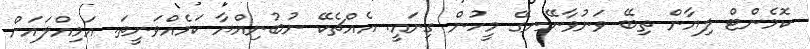
ކޮމެންޓް ލިޔާން ތިބޭ ވަނުވާނޭނގޭ މީހުން ގިނައީ. އެއްޗެކޭ ނުބުނިއްޔާ ކަމެއްވަނީތަ. އަމިއްލައަށް